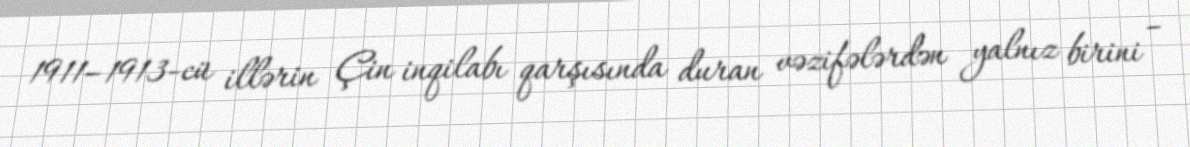
1911–1913-cü illərin Çin inqilabı qarşısında duran vəzifələrdən yalnız birini –